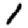
Digit: 1